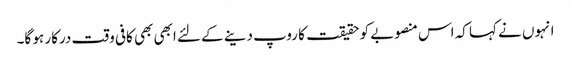
انہوں نے کہا کہ اس منصوبے کو حقیقت کا روپ دینے کے لئے ابھی بھی کافی وقت درکار ہو گا۔